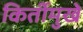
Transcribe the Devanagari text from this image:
किर्तीमुखे